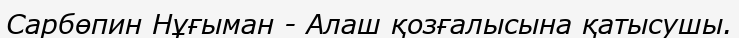
Сарбөпин Нұғыман - Алаш қозғалысына қатысушы.